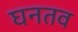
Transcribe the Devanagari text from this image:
घनतव